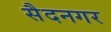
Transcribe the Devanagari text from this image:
सैदनगर